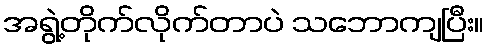
အရွဲ့တိုက်လိုက်တာပဲ သဘောကျပြီး။